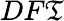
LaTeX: DF\mathfrak{T}